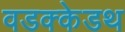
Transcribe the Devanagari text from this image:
वडक्केडथ